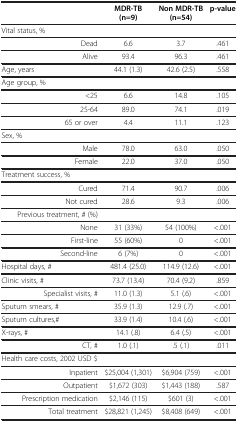
<table><thead><tr><td><b> </b></td><td><b>MDR-TB (n=9)</b></td><td><b>Non MDR-TB (n=54)</b></td><td><b>p-value</b></td></tr></thead><tbody><tr><td>Vital status, %</td><td> </td><td> </td><td> </td></tr><tr><td>Dead</td><td>6.6</td><td>3.7</td><td>.461</td></tr><tr><td>Alive</td><td>93.4</td><td>96.3</td><td>.461</td></tr><tr><td>Age, years</td><td>44.1 (1.3)</td><td>42.6 (2.5)</td><td>.558</td></tr><tr><td>Age group, %</td><td> </td><td> </td><td> </td></tr><tr><td>&lt;25</td><td>6.6</td><td>14.8</td><td>.105</td></tr><tr><td>25-64</td><td>89.0</td><td>74.1</td><td>.019</td></tr><tr><td>65 or over</td><td>4.4</td><td>11.1</td><td>.123</td></tr><tr><td>Sex, %</td><td> </td><td> </td><td> </td></tr><tr><td>Male</td><td>78.0</td><td>63.0</td><td>.050</td></tr><tr><td>Female</td><td>22.0</td><td>37.0</td><td>.050</td></tr><tr><td>Treatment success, %</td><td> </td><td> </td><td> </td></tr><tr><td>Cured</td><td>71.4</td><td>90.7</td><td>.006</td></tr><tr><td>Not cured</td><td>28.6</td><td>9.3</td><td>.006</td></tr><tr><td>Previous treatment, # (%)</td><td> </td><td> </td><td> </td></tr><tr><td>None</td><td>31 (33%)</td><td>54 (100%)</td><td>&lt;.001</td></tr><tr><td>First-line</td><td>55 (60%)</td><td>0</td><td>&lt;.001</td></tr><tr><td>Second-line</td><td>6 (7%)</td><td>0</td><td>&lt;.001</td></tr><tr><td>Hospital days, #</td><td>481.4 (25.0)</td><td>114.9 (12.6)</td><td>&lt;.001</td></tr><tr><td>Clinic visits, #</td><td>73.7 (13.4)</td><td>70.4 (9.2)</td><td>.859</td></tr><tr><td>Specialist visits, #</td><td>11.0 (1.3)</td><td>5.1 (.6)</td><td>&lt;.001</td></tr><tr><td>Sputum smears, #</td><td>35.9 (1.3)</td><td>12.9 (.7)</td><td>&lt;.001</td></tr><tr><td>Sputum cultures,#</td><td>33.9 (1.4)</td><td>10.4 (.6)</td><td>&lt;.001</td></tr><tr><td>X-rays, #</td><td>14.1 (.8)</td><td>6.4 (.5)</td><td>&lt;.001</td></tr><tr><td>CT, #</td><td>1.0 (.1)</td><td>.5 (.1)</td><td>.011</td></tr><tr><td>Health care costs, 2002 USD $</td><td> </td><td> </td><td> </td></tr><tr><td>Inpatient</td><td>$25,004 (1,301)</td><td>$6,904 (759)</td><td>&lt;.001</td></tr><tr><td>Outpatient</td><td>$1,672 (303)</td><td>$1,443 (188)</td><td>.587</td></tr><tr><td>Prescription medication</td><td>$2,146 (115)</td><td>$601 (3)</td><td>&lt;.001</td></tr><tr><td>Total treatment</td><td>$28,821 (1,245)</td><td>$8,408 (649)</td><td>&lt;.001</td></tr></tbody></table>